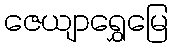
ဇေယျာရွှေမြေ